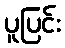
ပူပြင်း